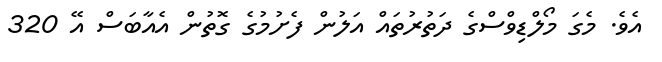
އެވެ. މެގަ މޯލްޑިވްސްގެ ދަތުރުތައް އަލުން ފެށުމުގެ ގޮތުން އެއާބަސް އޭ 320